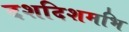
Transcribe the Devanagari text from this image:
दशदिशमभि